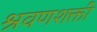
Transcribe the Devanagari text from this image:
श्रवणशक्ती